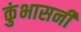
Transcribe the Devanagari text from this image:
कुंभासनी